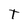
Character: T